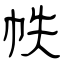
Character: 帙